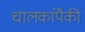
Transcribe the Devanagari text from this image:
चालकांपैकी